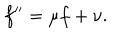
LaTeX: f ^ { \prime \prime } = \mu f + \nu .